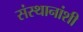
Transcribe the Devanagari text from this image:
संस्थानांशी